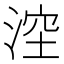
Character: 𣷆